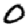
Digit: 0